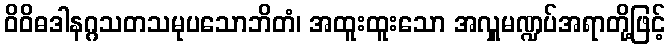
ဝိဝိဓဒါနဂ္ဂသတသမုပသောဘိတံ၊ အထူးထူးသော အလှူမဏ္ဍပ်အရာတို့ဖြင့်